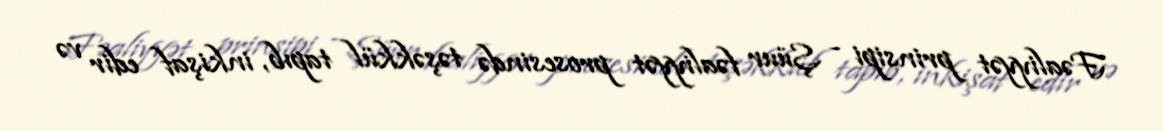
Fəaliyyət prinsipi - Şüur fəaliyyət prosesində təşəkkül tapıb, inkişaf edir və